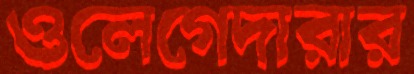
ওলেগেদারার